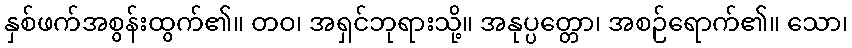
နှစ်ဖက်အစွန်းထွက်၏။ တဝ၊ အရှင်ဘုရားသို့။ အနုပ္ပတ္တော၊ အစဉ်ရောက်၏။ သော၊